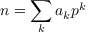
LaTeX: n = \sum _ { k } a _ { k } p ^ { k }